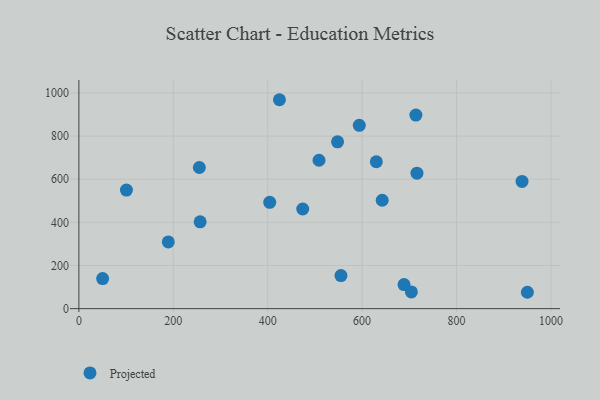
{"axis": {"x": "Study Hours", "y": "Profit"}, "legend": ["Projected"], "data": [{"x": "716.2", "y": 627.9, "type": "Projected"}, {"x": "255.2", "y": 654.3, "type": "Projected"}, {"x": "548.0", "y": 773.2, "type": "Projected"}, {"x": "189.4", "y": 309.5, "type": "Projected"}, {"x": "404.3", "y": 492.8, "type": "Projected"}, {"x": "508.7", "y": 688.0, "type": "Projected"}, {"x": "555.2", "y": 153.5, "type": "Projected"}, {"x": "424.9", "y": 968.6, "type": "Projected"}, {"x": "630.1", "y": 681.1, "type": "Projected"}, {"x": "100.7", "y": 549.5, "type": "Projected"}, {"x": "938.8", "y": 589.6, "type": "Projected"}, {"x": "950.1", "y": 75.9, "type": "Projected"}, {"x": "474.2", "y": 462.0, "type": "Projected"}, {"x": "688.8", "y": 111.4, "type": "Projected"}, {"x": "704.4", "y": 77.3, "type": "Projected"}, {"x": "50.3", "y": 139.4, "type": "Projected"}, {"x": "594.0", "y": 850.1, "type": "Projected"}, {"x": "256.9", "y": 402.3, "type": "Projected"}, {"x": "642.6", "y": 502.6, "type": "Projected"}, {"x": "713.9", "y": 897.4, "type": "Projected"}]}